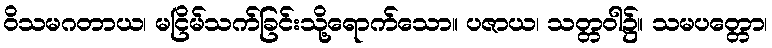
ဝိသမဂတာယ၊ မငြိမ်သက်ခြင်းသို့ရောက်သော။ ပဇာယ၊ သတ္တဝါ၌။ သမပတ္တော၊